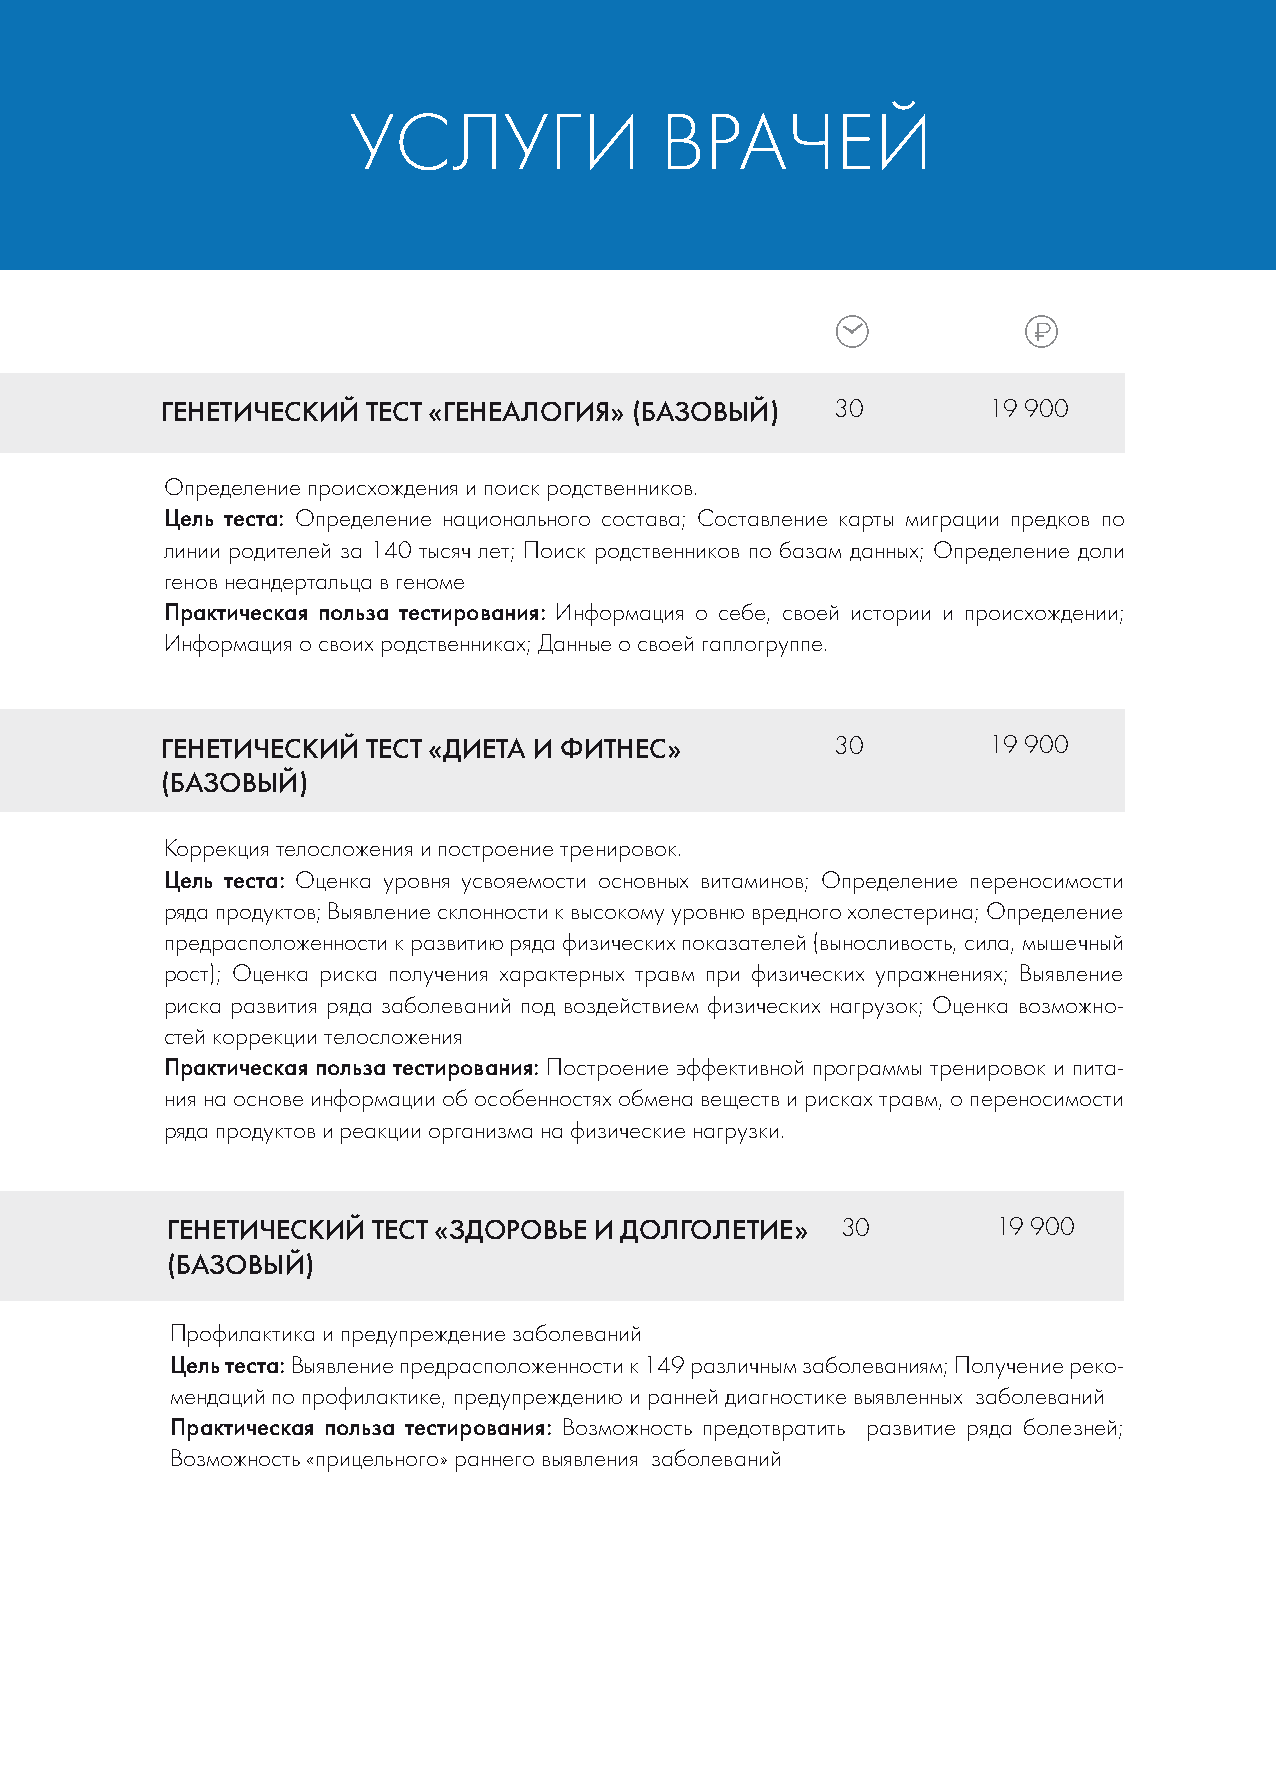
УСЛУГИ               ВРАЧЕЙ
 ГЕНЕТИЧЕСКИЙ ТЕСТ «ГЕНЕАЛОГИЯ» (БАЗОВЫЙ)    30        19 900
 Определение происхождения и поиск родственников.
 Цель теста: Определение национального состава; Составление карты миграции предков по
 линии родителей за 140 тысяч лет; Поиск родственников по базам данных; Определение доли
 генов неандертальца в геноме
 Практическая польза тестирования: Информация о себе, своей истории и происхождении;
 Информация о своих родственниках; Данные о своей гаплогруппе.
 ГЕНЕТИЧЕСКИЙ ТЕСТ «ДИЕТА И ФИТНЕС»          30        19 900
 (БАЗОВЫЙ)
 Коррекция телосложения и построение тренировок.
 Цель теста: Оценка уровня усвояемости основных витаминов; Определение переносимости
 ряда продуктов; Выявление склонности к высокому уровню вредного холестерина; Определение
 предрасположенности к развитию ряда физических показателей (выносливость, сила, мышечный
 рост); Оценка риска получения характерных травм при физических упражнениях; Выявление
 риска развития ряда заболеваний под воздействием физических нагрузок; Оценка возможно-
 стей коррекции телосложения
 Практическая польза тестирования: Построение эффективной программы тренировок и пита-
 ния на основе информации об особенностях обмена веществ и рисках травм, о переносимости
 ряда продуктов и реакции организма на физические нагрузки.
 ГЕНЕТИЧЕСКИЙ  ТЕСТ «ЗДОРОВЬЕ И ДОЛГОЛЕТИЕ»   30        19 900
 (БАЗОВЫЙ)
 Профилактика и предупреждение заболеваний
 Цель теста: Выявление предрасположенности к 149 различным заболеваниям; Получение реко-
 мендаций по профилактике, предупреждению и ранней диагностике выявленных заболеваний
 Практическая польза тестирования: Возможность предотвратить развитие ряда болезней;
 Возможность «прицельного» раннего выявления заболеваний